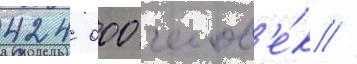
424 000 челов'е́к //